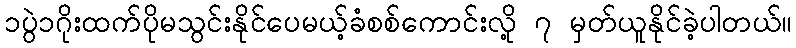
၁ပွဲ၁ဂိုးထက်ပိုမသွင်းနိုင်ပေမယ့်ခံစစ်ကောင်းလို့ ၇ မှတ်ယူနိုင်ခဲ့ပါတယ်။